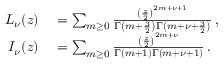
\begin{array} { r l } { L _ { \nu } ( z ) } & { { } = \sum _ { m \ge 0 } \frac { \left( \frac { z } { 2 } \right) ^ { 2 m + \nu + 1 } } { \Gamma \left( m + \frac { 3 } { 2 } \right) \Gamma \left( m + \nu + \frac { 3 } { 2 } \right) } \, , } \\ { I _ { \nu } ( z ) } & { { } = \sum _ { m \ge 0 } \frac { \left( \frac { z } { 2 } \right) ^ { 2 m + \nu } } { \Gamma \left( m + 1 \right) \Gamma \left( m + \nu + 1 \right) } \, . } \end{array}